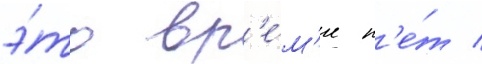
э́то вр'е́м'я н'е́т /